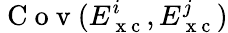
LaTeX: \mathrm{~C~o~v~}(E_{\mathrm{~x~c~}}^{i},E_{\mathrm{~x~c~}}^{j})